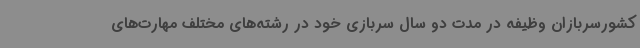
کشورسربازان وظیفه در مدت دو سال سربازی خود در رشته‌های مختلف مهارت‌های